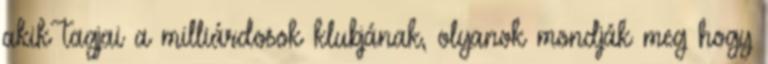
akik tagjai a milliárdosok klubjának, olyanok mondják meg hogy